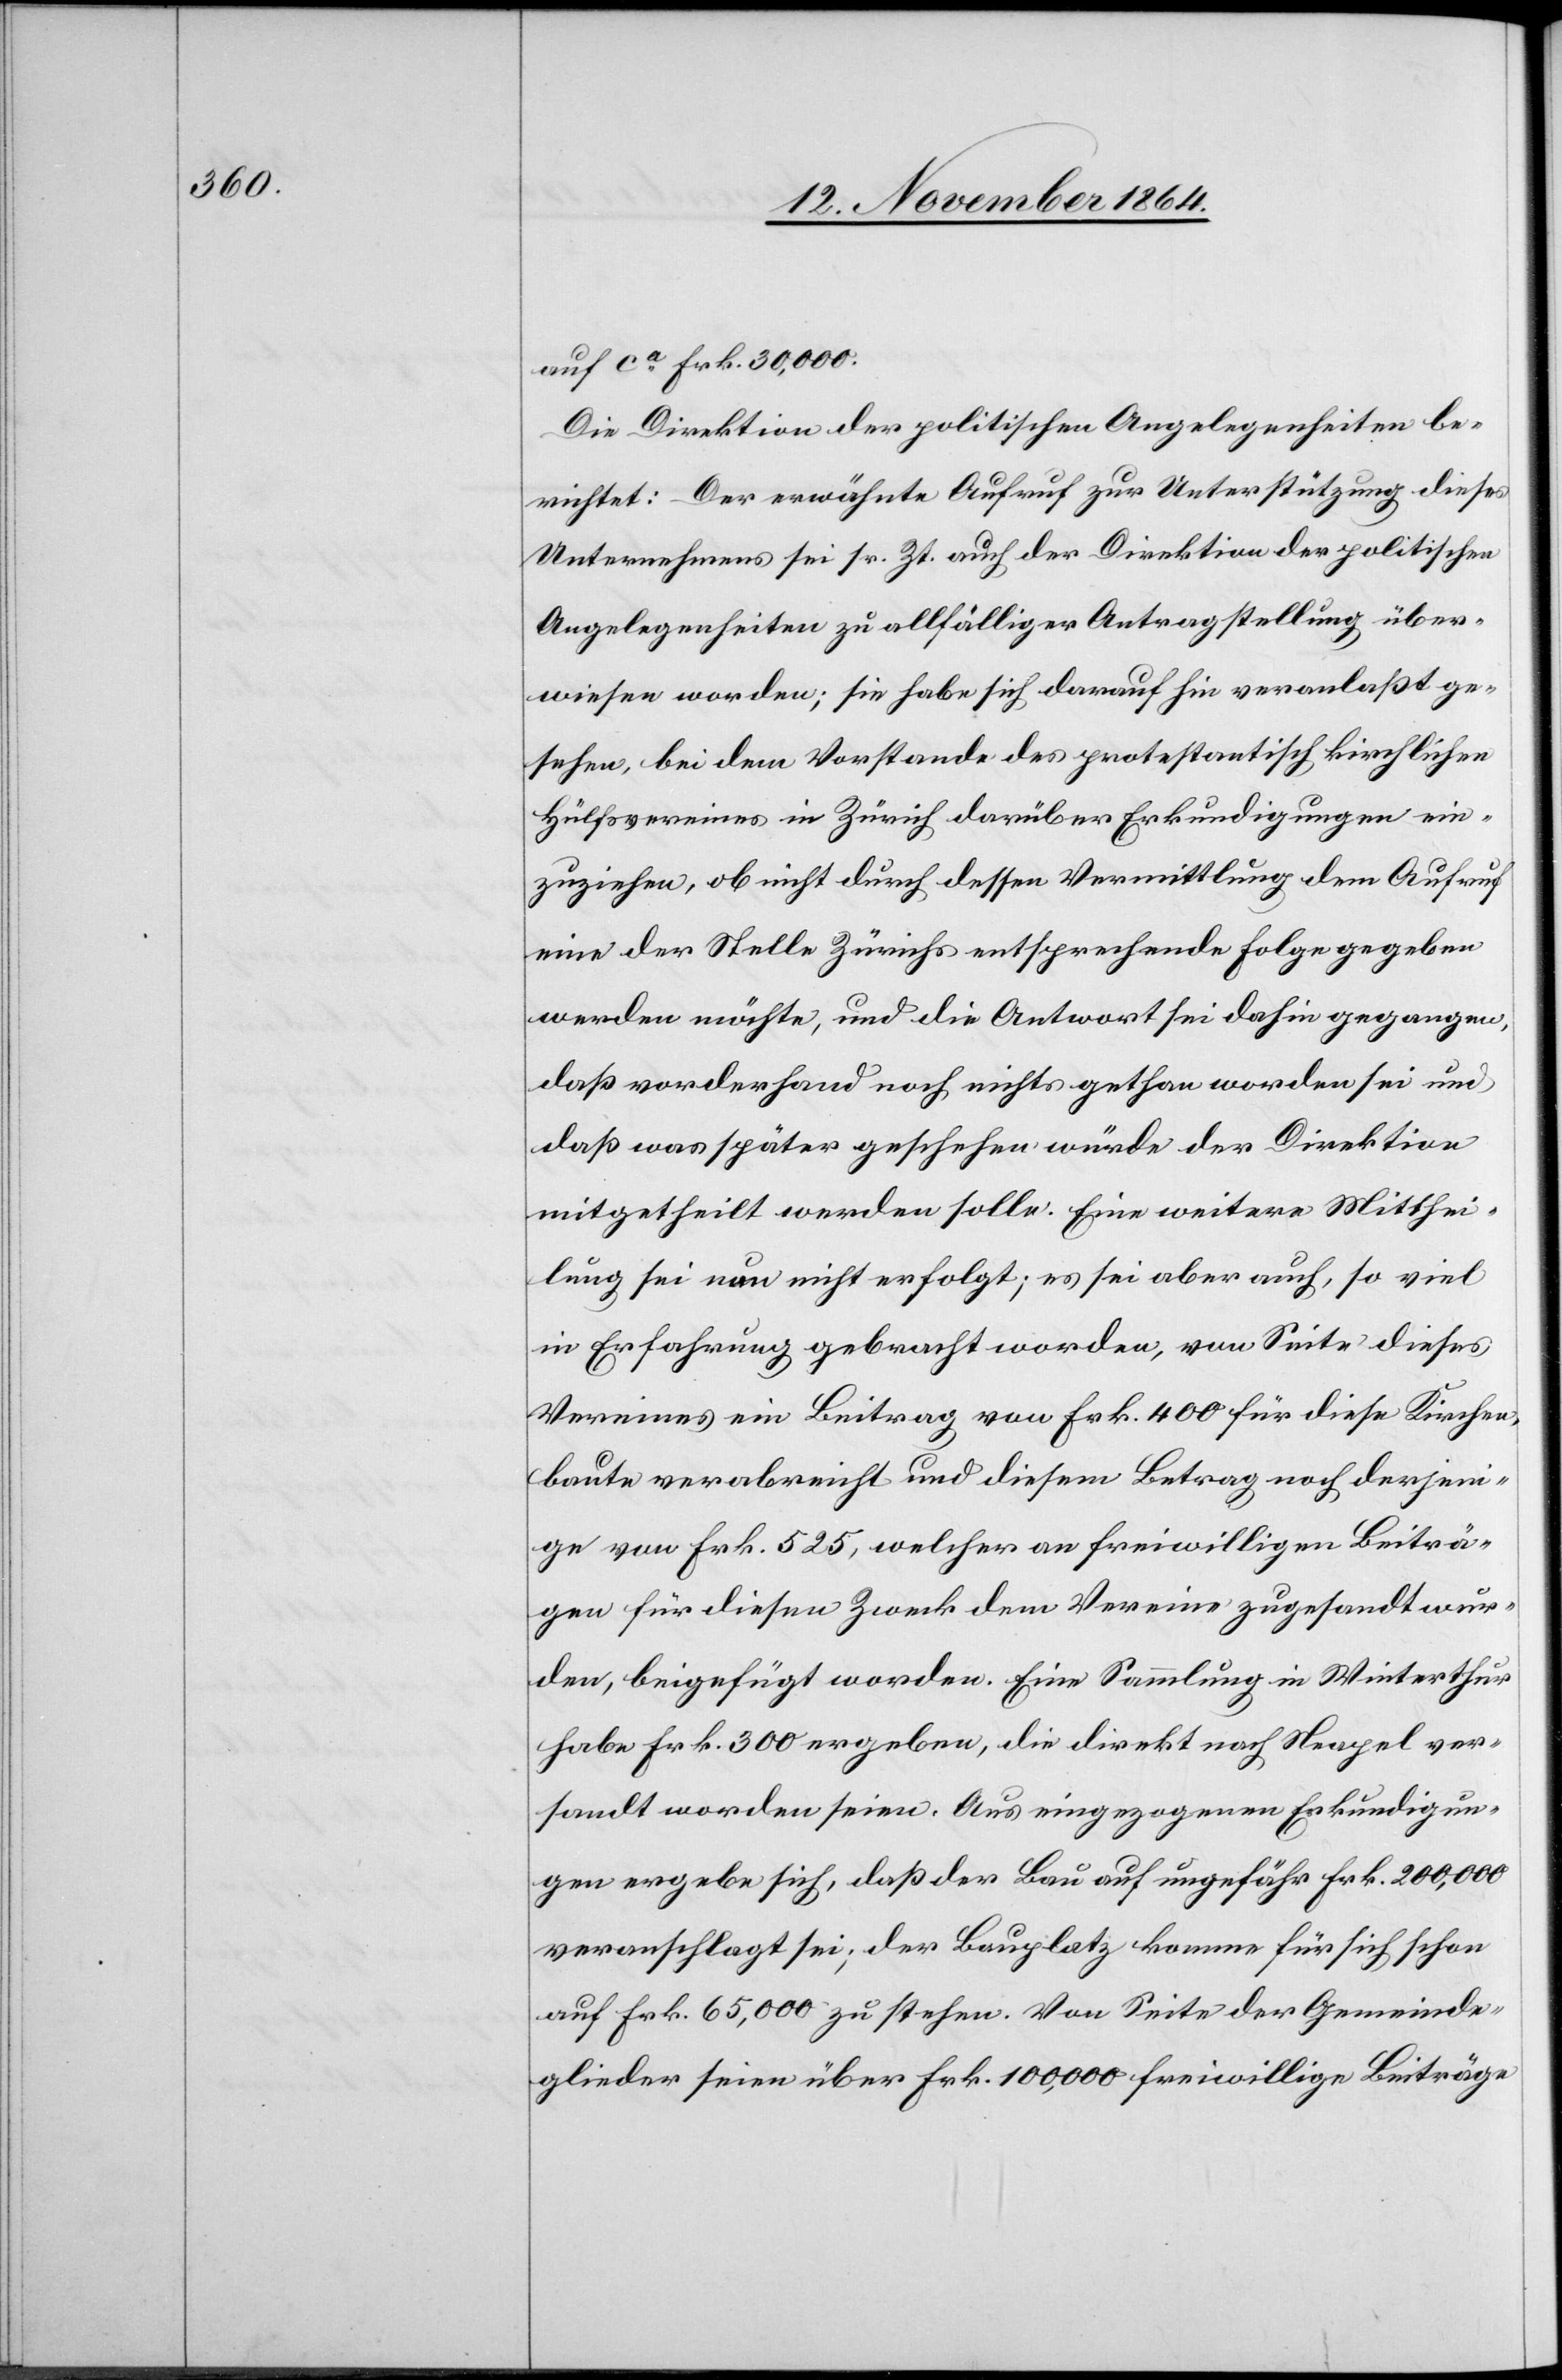
auf ca Frk. 30,000.
Die Direktion der politischen Angelegenheiten be¬
richtet: Der erwähnte Aufruf zur Unterstützung dieses
Unternehmens sei sr. Zt. auch der Direktion der politischen
Angelegenheiten zu allfälliger Antragstellung über¬
wiesen worden; sie habe sich darauf hin veranlaßt ge¬
sehen, bei dem Vorstande des protestantisch kirchlichen
Hülfsvereines in Zürich darüber Erkundigungen ein¬
zuziehen, ob nicht durch dessen Vermittlung dem Aufruf
eine der Stelle Zürichs entsprechende Folge gegeben
werden möchte, und die Antwort sei dahin gegangen,
daß vorderhand noch nichts gethan worden sei und
daß was später geschehen würde der Direktion
mitgetheilt werden solle. Eine weitere Mitthei¬
lung sei nun nicht erfolgt; es sei aber auch, so viel
in Erfahrung gebracht worden, von Seite dieses
Vereines ein Beitrag von Frk. 400 für diese Kirchen¬
baute verabreicht und diesem Betrag noch derjeni¬
ge von Frk. 525, welcher an freiwilligen Beiträ¬
gen für diesen Zweck dem Vereine zugesandt wur¬
den, beigefügt worden. Eine Sammlung in Winterthur
habe Frk. 300 ergeben, die direkt nach Neapel ver¬
sandt worden seien. Aus eingezogenen Erkundigun¬
gen ergebe sich, daß der Bau auf ungefähr Frk. 200,000
veranschlagt sei; der Bauplatz komme für sich schon
auf Frk. 65,000 zu stehen. Von Seite der Gemeinde¬
glieder seien über Frk. 100,000 freiwillige Beiträge